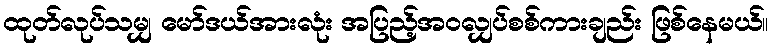
ထုတ်လုပ်သမျှ မော်ဒယ်အားလုံး အပြည့်အဝလျှပ်စစ်ကားချည်း ဖြစ်နေမယ်။